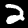
Label: 2